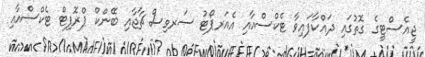
ޖީއެސްޓީގެ ގޮތުގައި ދައްކާފައިވާ ޓެކްސްއާއި އެއަރޕޯޓު ސަރވިސް ޗާޖާއި ބޭންކް ޕްރޮފިޓް ޓެކްސްއާއި